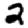
Digit: 2